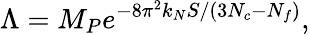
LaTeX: \Lambda=M_{P}e^{-8\pi^{2}k_{N}S/(3N_{c}-N_{f})},